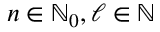
n \in \ensuremath { \mathbb { N } } _ { 0 } , \ell \in \ensuremath { \mathbb { N } }